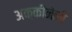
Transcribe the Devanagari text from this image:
अक्कीनेनी